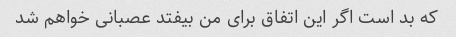
که بد است اگر این اتفاق برای من بیفتد عصبانی خواهم شد